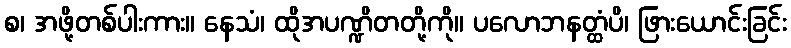
စ၊ အဖို့တစ်ပါးကား။ နေသံ၊ ထိုအပဏ္ဍိတတို့ကို။ ပလောဘနတ္ထံပိ၊ ဖြားယောင်းခြင်း